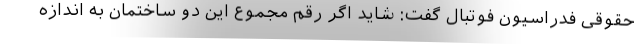
حقوقی فدراسیون فوتبال گفت: شاید اگر رقم مجموع این دو ساختمان به اندازه